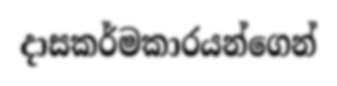
දාසකර්මකාරයන්ගෙන්